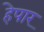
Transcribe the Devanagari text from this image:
हेपार